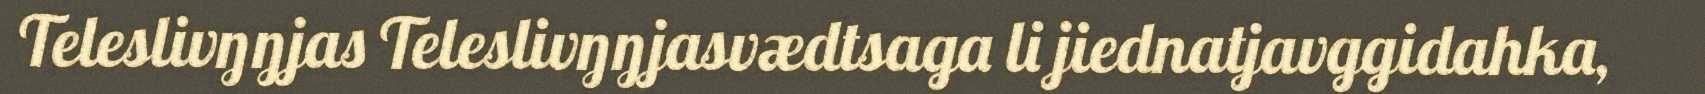
Teleslivŋŋjas Teleslivŋŋjasvædtsaga li jiednatjavggidahka,